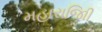
મહારાજાિી